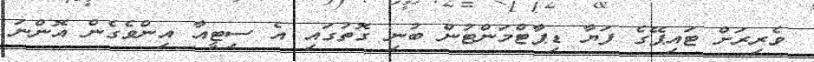
ވެރިރަށް ޓައިޕޭގެ ފަޔާ ޑިޕާޓްމަންޓުން ބުނި ގޮތުގައި އެ ސިޓީއާ އިންވެގެން އޮންނަ